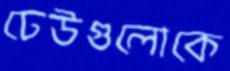
ঢেউগুলোকে